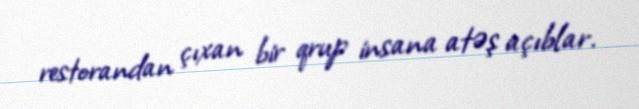
restorandan çıxan bir qrup insana atəş açıblar.